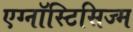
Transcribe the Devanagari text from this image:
एग्नॉस्टिसिज्म